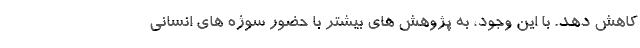
کاهش دهد. با این وجود، به پژوهش های بیشتر با حضور سوژه های انسانی